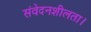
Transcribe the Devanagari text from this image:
संवेदनशीलता।